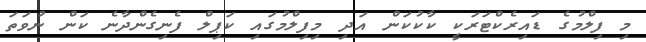
މި ފިލްމުގެ ޑައިރެކްޓަރަކީ ކާކުކަން އަދި މިފިލްމުގައި ކަޕިލް ފެނިގެންދާނެ ކަން ނުވަތަ